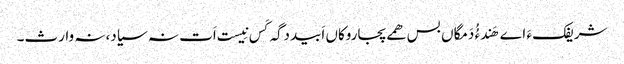
شریفک ءَ اے ھَندءُُ دَمگاں بس ھمے پجاروکاں اَبیددگہ کَس نِیست اَت نہ سیاد،نہ وارث۔